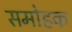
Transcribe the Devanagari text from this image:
समोहक